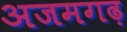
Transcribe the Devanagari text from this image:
अजमगढ़